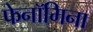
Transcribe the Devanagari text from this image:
फेनॉमिना